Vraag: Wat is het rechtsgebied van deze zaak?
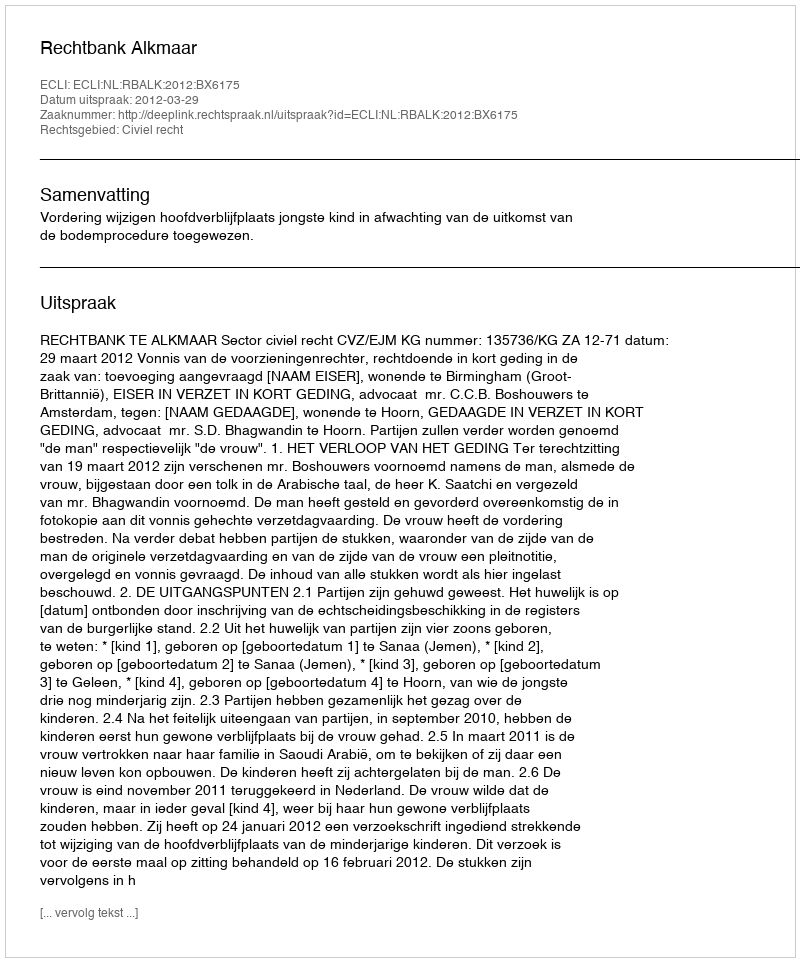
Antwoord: Civiel recht